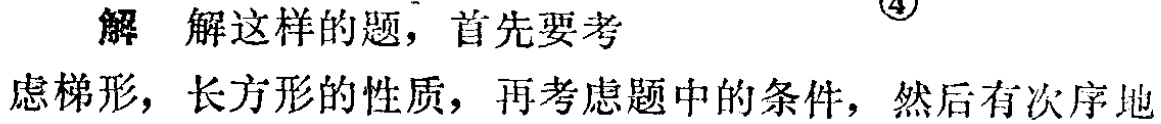
解 解这样的题，首先要考\(\textcircled{4}\)虑梯形，长方形的性质，再考虑题中的条件，然后有次序地